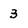
Character: 3